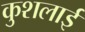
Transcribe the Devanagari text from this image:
कुशलाई